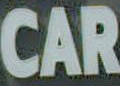
CAR